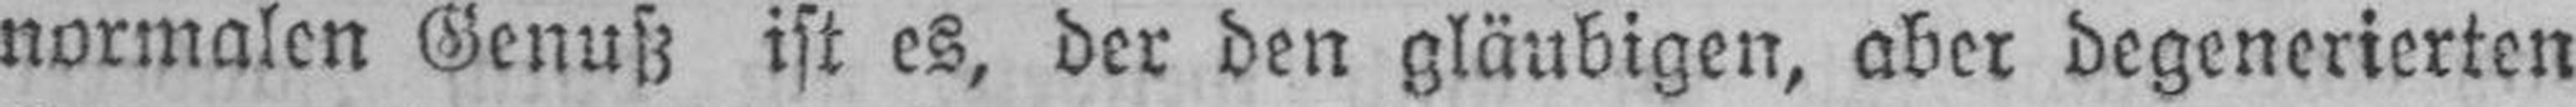
normalen Genuß ist es, der den gläubigen, aber degenerierten